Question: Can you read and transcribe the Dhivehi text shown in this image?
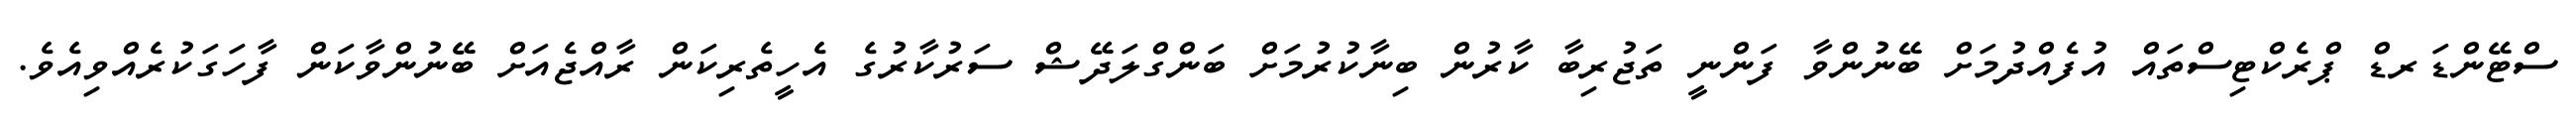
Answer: ސްޓޭންޑަރޑް ޕްރެކްޓިސްތައް އުފެއްދުމަށް ބޭނުންވާ ފަންނީ ތަޖުރިބާ ކާރުން ބިނާކުރުމަށް ބަންގްލަދޭޝް ސަރުކާރުގެ އެހީތެރިކަން ރާއްޖެއަށް ބޭނުންވާކަން ފާހަގަކުރެއްވިއެވެ.